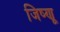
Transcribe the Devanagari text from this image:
जिष्णू